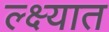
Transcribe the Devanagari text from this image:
ल्क्ष्यात